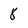
Character: 8